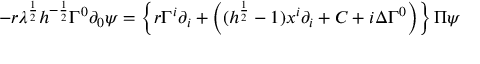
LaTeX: - r \lambda ^ { \frac { 1 } { 2 } } h ^ { - \frac { 1 } { 2 } } \Gamma ^ { 0 } \partial _ { 0 } \psi = \left\{ r \Gamma ^ { i } \partial _ { i } + \left( ( h ^ { \frac { 1 } { 2 } } - 1 ) x ^ { i } \partial _ { i } + C + i \Delta \Gamma ^ { 0 } \right) \right\} \Pi \psi